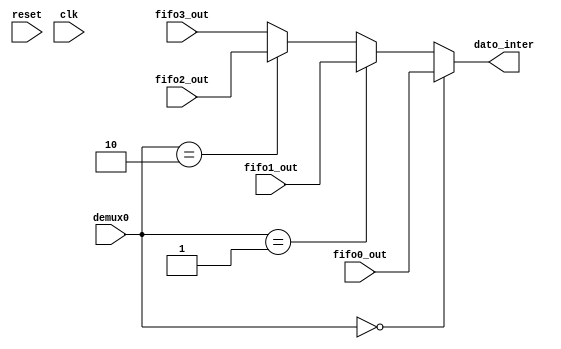

module misc( output reg [9:0] dato_inter,
	     input wire [9:0]  fifo0_out, fifo1_out, fifo2_out, fifo3_out,
	     input wire [1:0]  demux0,
	     input wire        reset, clk );

   always @( * ) begin
      if( demux0 == 2'b00 ) begin
	 dato_inter = fifo0_out;
      end
      else if( demux0 == 2'b01 ) begin
	 dato_inter = fifo1_out;
      end
      else if( demux0 == 2'b10 ) begin
	 dato_inter = fifo2_out;
      end
      else begin
	 dato_inter = fifo3_out;
      end
   end // always @ ( * )
   
endmodule